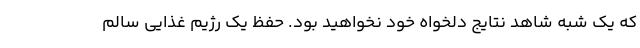
که یک شبه شاهد نتایج دلخواه خود نخواهید بود. حفظ یک رژیم غذایی سالم